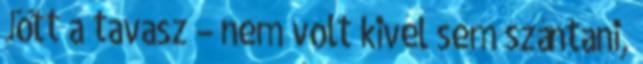
Jött a tavasz – nem volt kivel sem szántani,